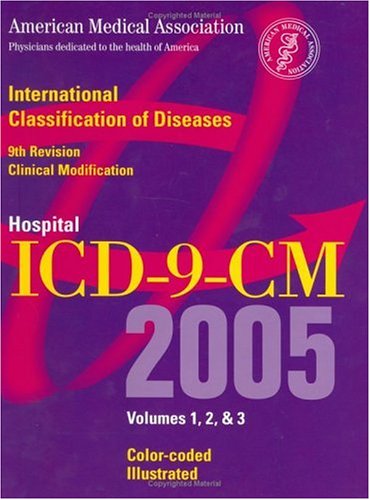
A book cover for ICD-9-CM AMA Hospitals and Payors; American Medical Association; Medical Books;